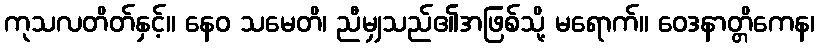
ကုသလတိတ်နှင့်။ နေဝ သမေတိ၊ ညီမျှသည်၏အဖြစ်သို့ မရောက်။ ဝေဒနာတ္တိကေန၊